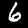
Label: 6